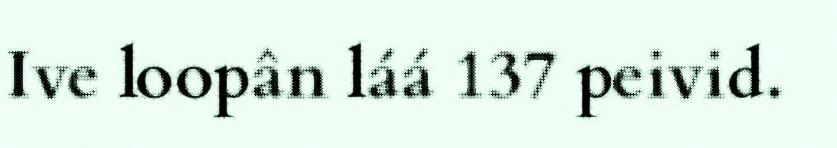
Ive loopân láá 137 peivid.